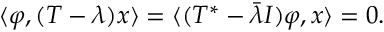
\langle \varphi , ( T - \lambda ) x \rangle = \langle ( T ^ { * } - { \bar { \lambda } } I ) \varphi , x \rangle = 0 .